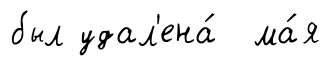
был удал'ена́ ма́я